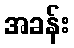
အခန်း